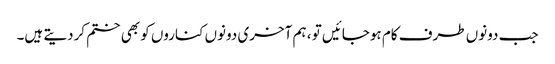
جب دونوں طرف کام ہوجائیں تو ، ہم آخری دونوں کناروں کو بھی ختم کردیتے ہیں۔